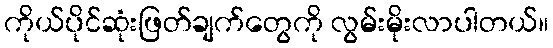
ကိုယ်ပိုင်ဆုံးဖြတ်ချက်တွေကို လွမ်းမိုးလာပါတယ်။